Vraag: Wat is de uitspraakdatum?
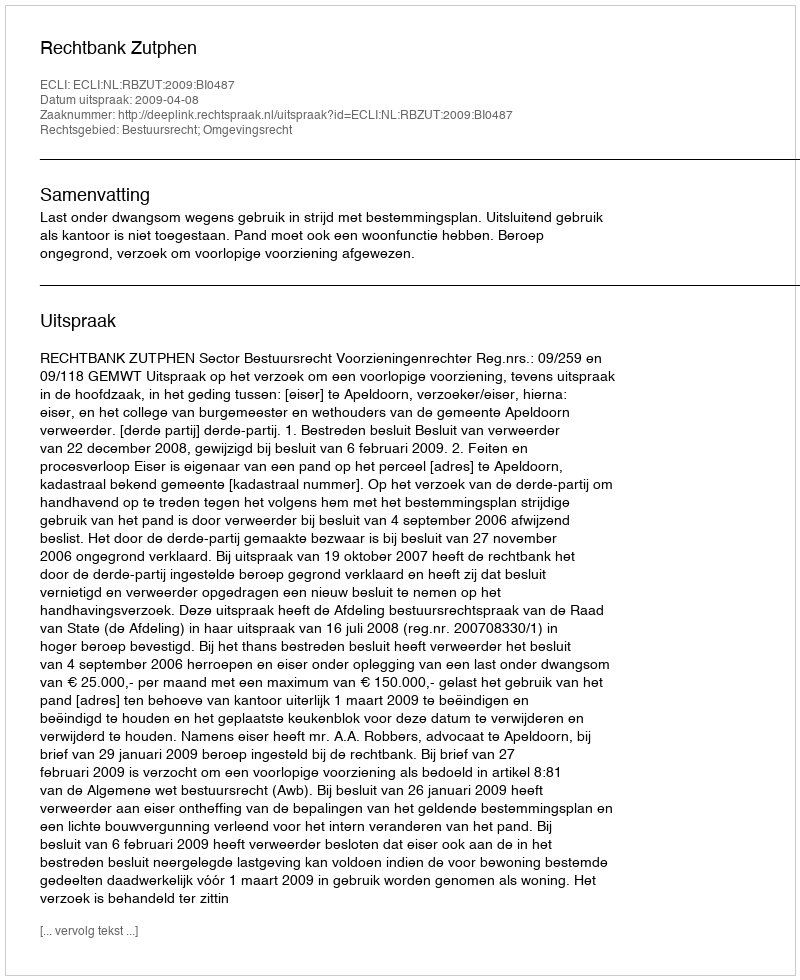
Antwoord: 2009-04-08